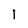
Character: l